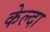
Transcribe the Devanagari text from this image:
केल्दा